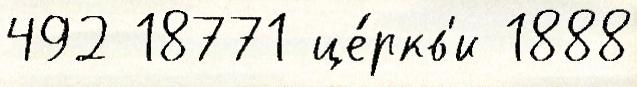
492 18771 це́ркв'и 1888